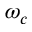
\omega _ { c }